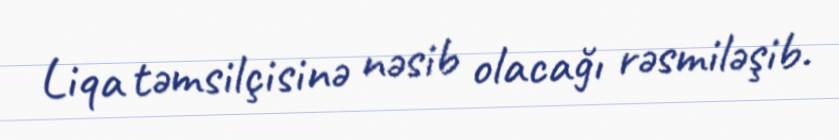
Liqa təmsilçisinə nəsib olacağı rəsmiləşib.